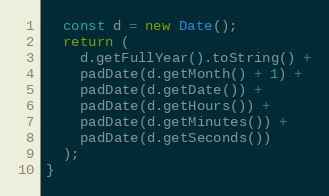
Language: JavaScript
  const d = new Date();
  return (
    d.getFullYear().toString() +
    padDate(d.getMonth() + 1) +
    padDate(d.getDate()) +
    padDate(d.getHours()) +
    padDate(d.getMinutes()) +
    padDate(d.getSeconds())
  );
}